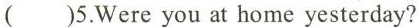
()5.Were you at home yesterday?